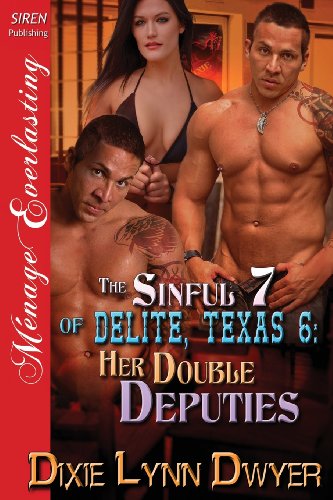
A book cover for The Sinful 7 of Delite, Texas 6: Her Double Deputies (Siren Publishing Menage Everlasting); Dixie Lynn Dwyer; Romance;